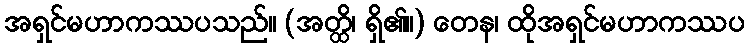
အရှင်မဟာကဿပသည်။ (အတ္ထိ၊ ရှိ၏။) တေန၊ ထိုအရှင်မဟာကဿပ